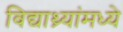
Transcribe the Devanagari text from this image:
विद्याथ्र्यांमध्ये